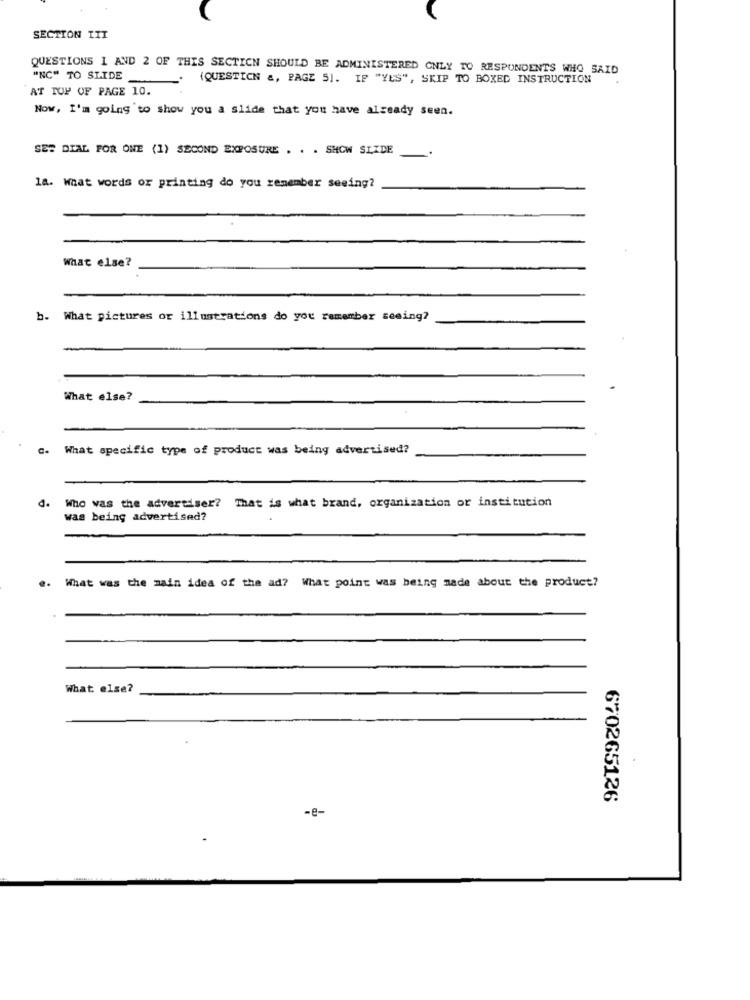
SECTION TIT
QUESTIONS 1 AND 2 OF THIS SECTION SHOULD BE ADMINISTERED ONLY TO RESPONDENTS WHO SAID
"NC" TO SLIDE
{QUESTICN &, PAGE 5]. IF "YES", SKIP TO BOXED INSTRUCTION
AT TOP OF PAGE 10.
Now, I'm going to show you a slide that you have already seen.
SES DIAL FOR ONE (1) SECOND EXPOSURE . . . SHOW SLXDE
la. what words or printing do you remember seeing?
What else?
b. What pictures or illustrations do you remember seeing?
What else?
What specific type of product was being advertised?
Who was the advertiser? That is what brand, organization or institution
a.
was being advertised?
What was the main idea of the ad? What point was being nade about the product?
What else?
670265126
-e-